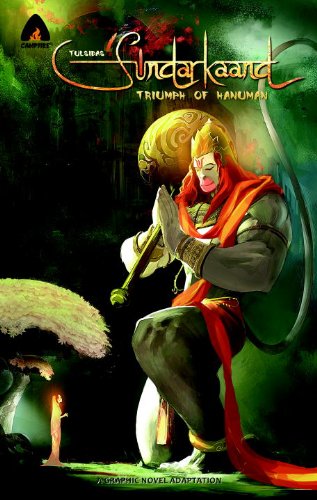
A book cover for Sundarkaand: Triumph of Hanuman: A Graphic Novel Adaptation (Campfire Graphic Novels); Tulsidas; Comics & Graphic Novels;